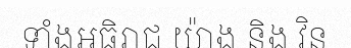
ទាំងអធិរាជ យ៉ាង និង វិន